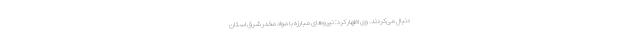
دنبال می‌کردند. وی اظهار کرد: نیروهای مبارزه با مواد مخدر شرق استان